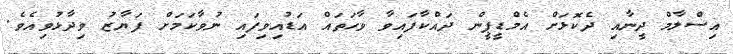
އިސްލާމް ދީނާއި ދެކޮޅަށް އެމްޑީޕީން ދައްކާފައިވާ ވާހަތައް އަޑުއިވިފައި ނުވާކަމަށް ފަޔާޒު ވިދާޅުވިއެވެ.